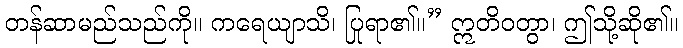
တန်ဆာမည်သည်ကို။ ကရေယျာသိ၊ ပြုရာ၏။” ဣတိဝတွာ၊ ဤသို့ဆို၏။